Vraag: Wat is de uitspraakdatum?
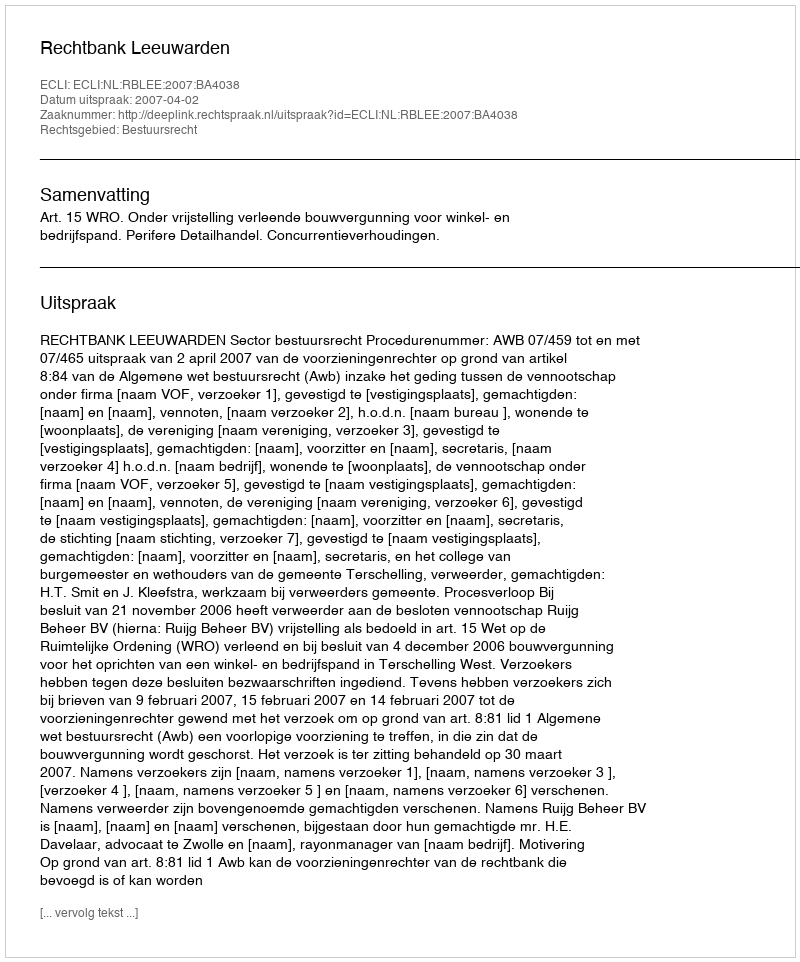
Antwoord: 2007-04-02